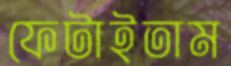
ফেটাইতাম